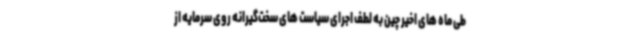
طی ماه های اخیر چین به لطف اجرای سیاست های سخت‌گیرانه روی سرمایه از